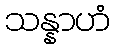
သန္နာဟံ